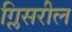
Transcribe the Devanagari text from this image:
ग्लिसरील